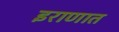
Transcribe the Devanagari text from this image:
इराणात